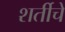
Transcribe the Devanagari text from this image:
शर्तीचे